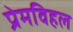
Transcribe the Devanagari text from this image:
प्रेमविहल